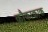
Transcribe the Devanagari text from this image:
कौकाकाक